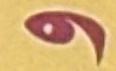
و